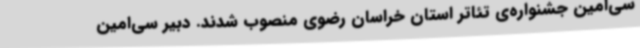
سی‌امین جشنواره‌ی تئاتر استان خراسان رضوی منصوب شدند. دبیر سی‌امین